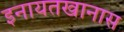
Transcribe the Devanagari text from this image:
इनायतखानास